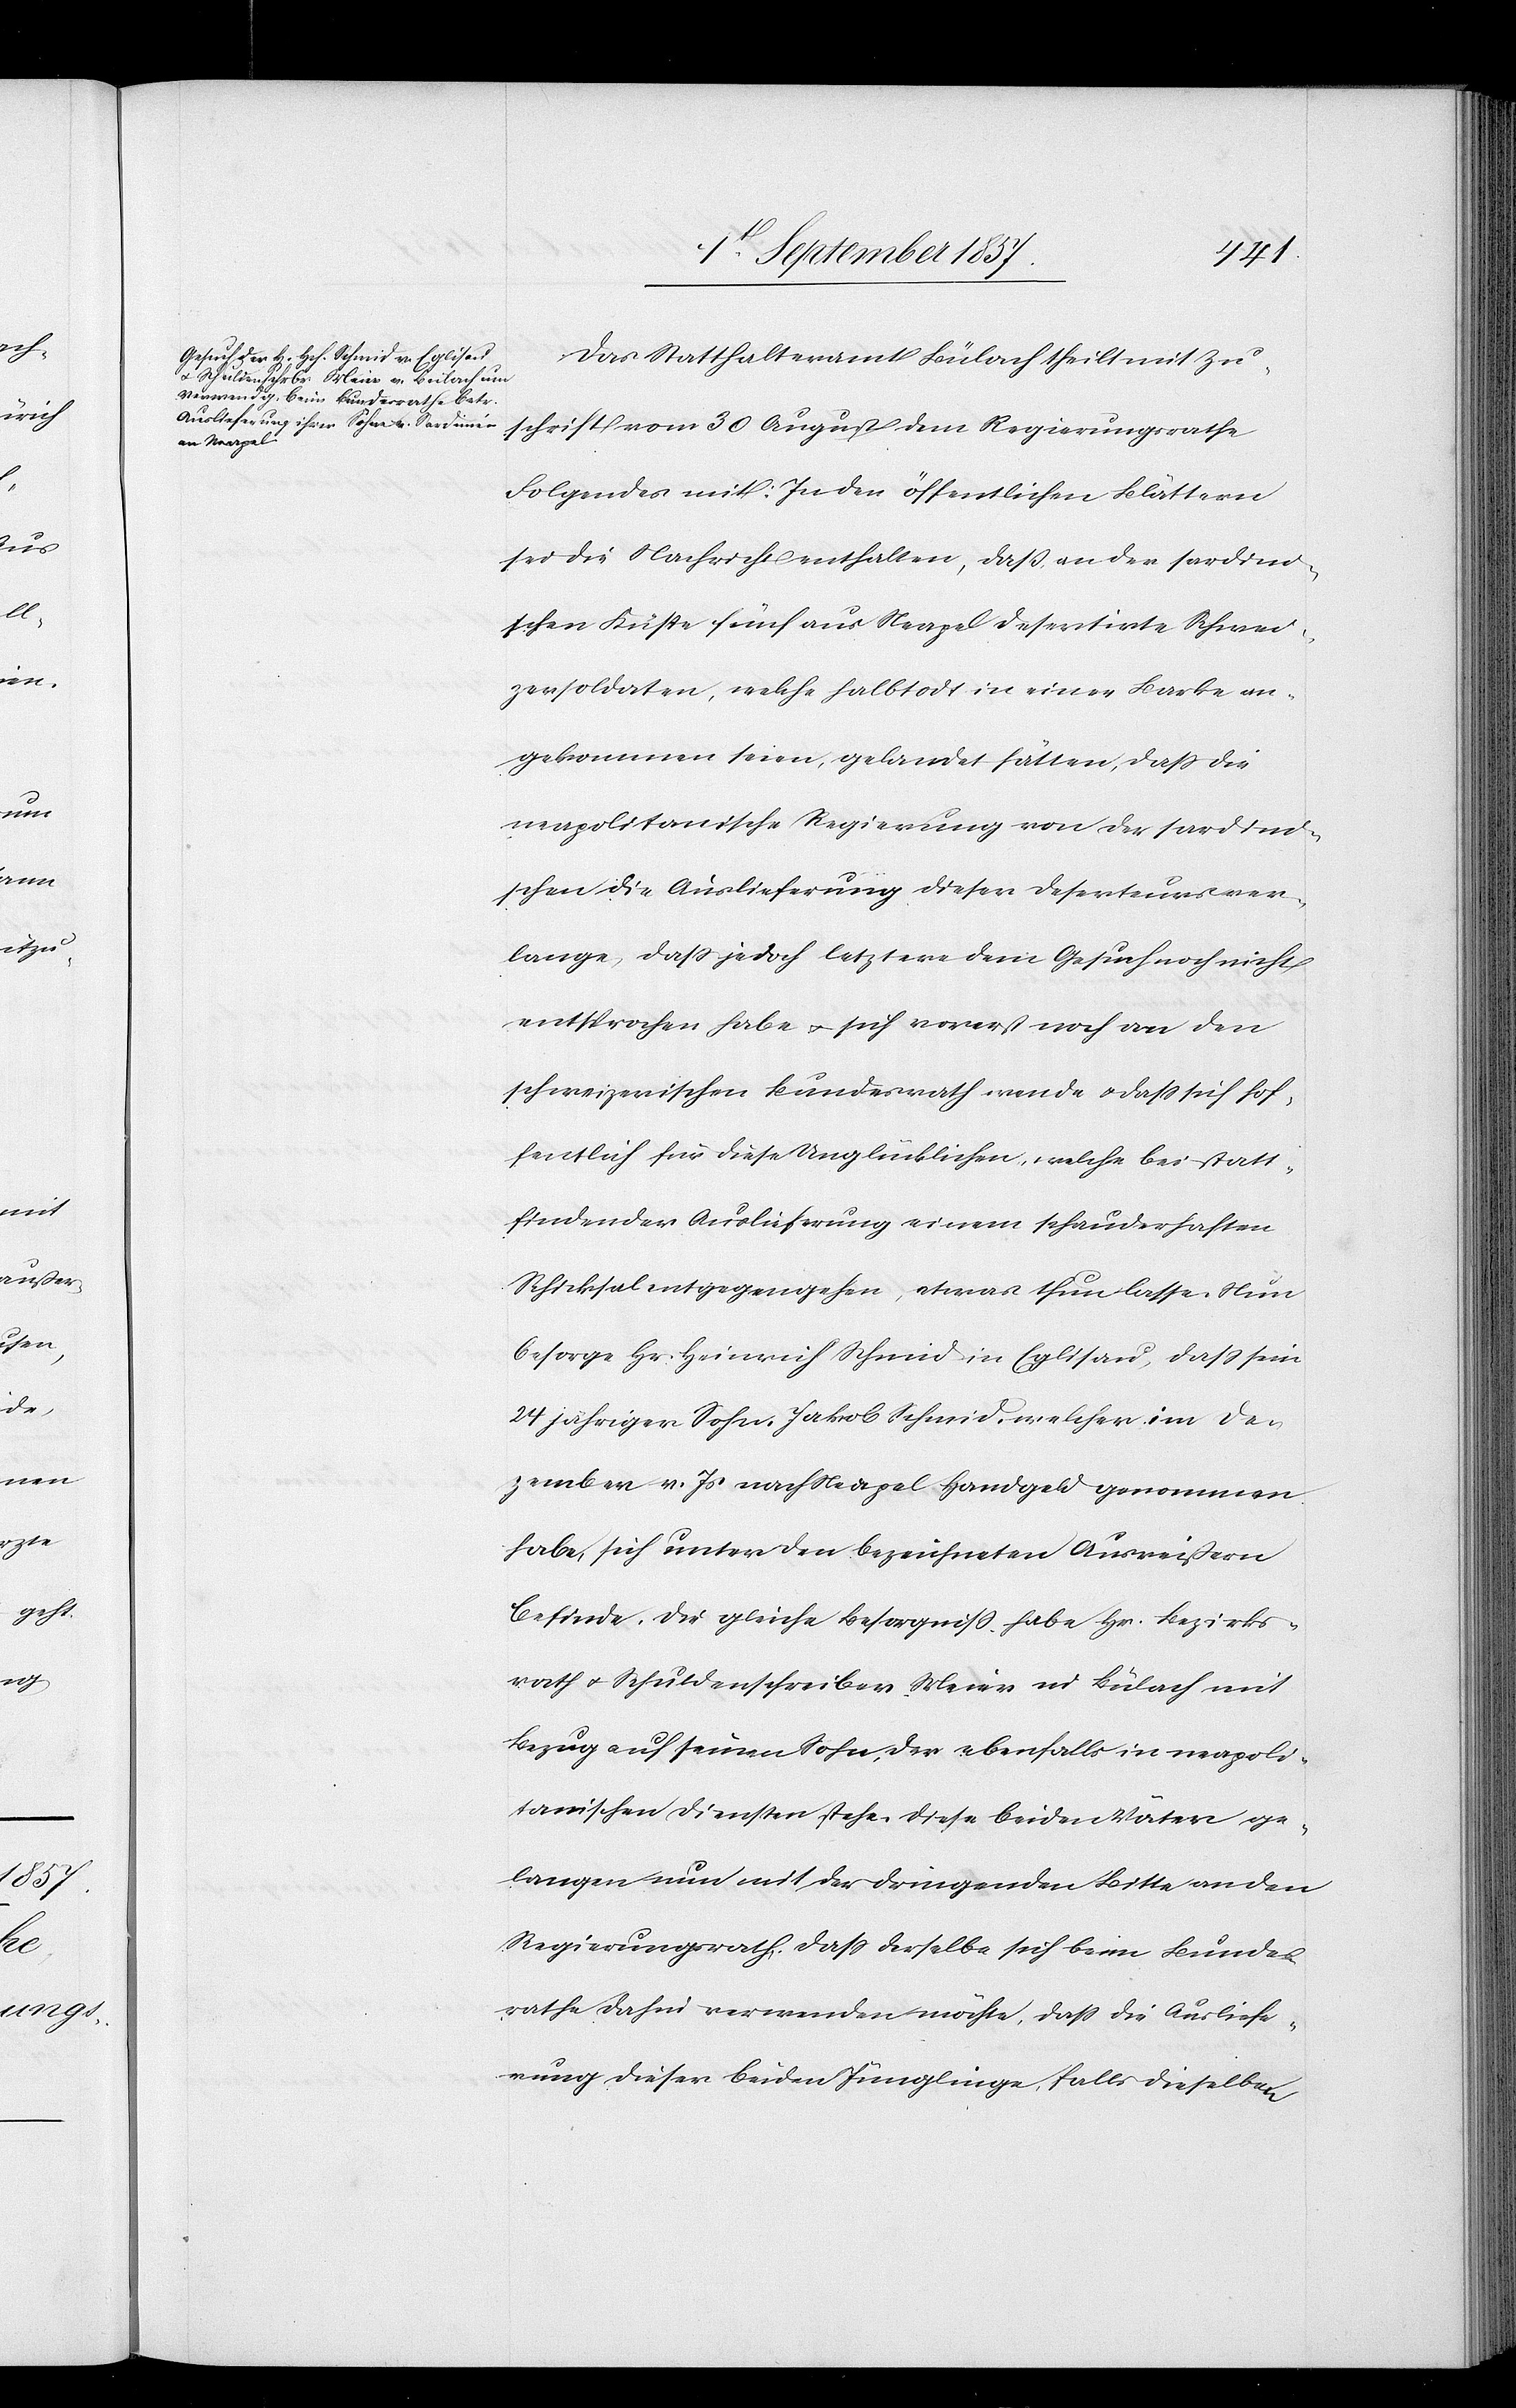
Das Statthalteramt Bülach theilt mit Zu¬
schrift vom 30 August dem Regierungsrathe
Folgendes mit: In den öffentlichen Blättern
sei die Nachricht enthalten, daß an der sardini¬
schen Küste fünf aus Neapel desertirte Schwei¬
zersoldaten, welche halbtodt in einer Barke an¬
gekommen seien, gelandet hätten, daß die
neapolitanische Regierung von der sardini¬
schen die Auslieferung dieser Deserteurs ver¬
lange, daß jedoch letztere dem Gesuch noch nicht
entsprochen habe & sich vorerst noch an den
schweizerischen Bundesrath wende & daß sich hof¬
fentlich für diese Unglücklichen, welche bei statt¬
findender Auslieferung einem schauderhaften
Schicksal entgegengehen, etwas thun lasse. Nun
besorge Hr. Heinrich Schmid in Eglisau, daß sein
24 jähriger Sohn, Jakob Schmid, welcher im De¬
zember v. Js nach Neapel Handgeld genommen
habe, sich unter den bezeichneten Ausreißern
befinde. Die gleiche Besorgniß habe Hr. Bezirks¬
rath & Schuldenschreiber Meier in Bülach mit
Bezug auf seinen Sohn, der ebenfalls in neapoli¬
tanischen Diensten stehe. Diese beiden Väter ge¬
langen nun mit der dringenden Bitte an den
Regierungsrath, daß derselbe sich beim Bundes¬
rathe dahin verwenden möchte, daß die Ausliefe¬
rung dieser beiden Jünglinge, falls dieselben